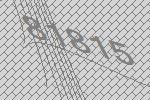
81815